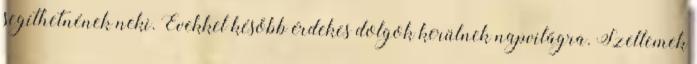
segíthetnének neki. Évekkel később érdekes dolgok kerülnek napvilágra. Szellemek